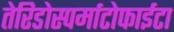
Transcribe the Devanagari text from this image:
तेरिडोस्पर्माटोफाईटा